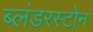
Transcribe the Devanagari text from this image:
ब्लंडरस्टोन